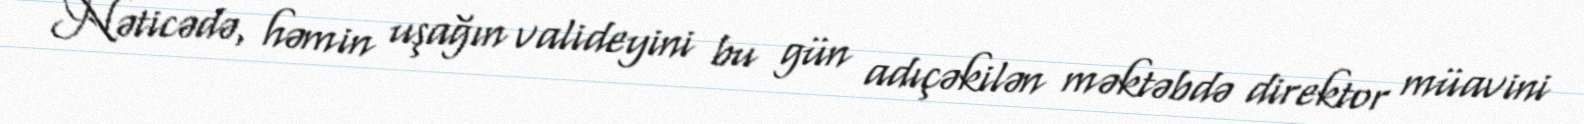
Nəticədə, həmin uşağın valideyini bu gün adıçəkilən məktəbdə direktor müavini